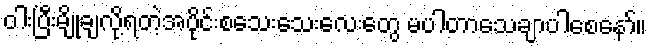
ဝါးပြီးမျိုချလို့ရတဲ့အပိုင်းစသေးသေးလေးတွေ မပါတာသေချာပါစေနော်။